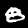
Label: 8